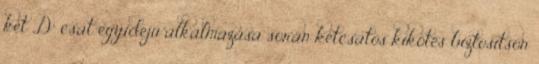
két „D” csat egyidejû alkalmazása során kétcsatos kikötés biztosítson